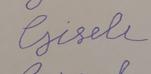
Signature authenticity: forged